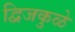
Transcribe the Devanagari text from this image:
द्विजकुळे